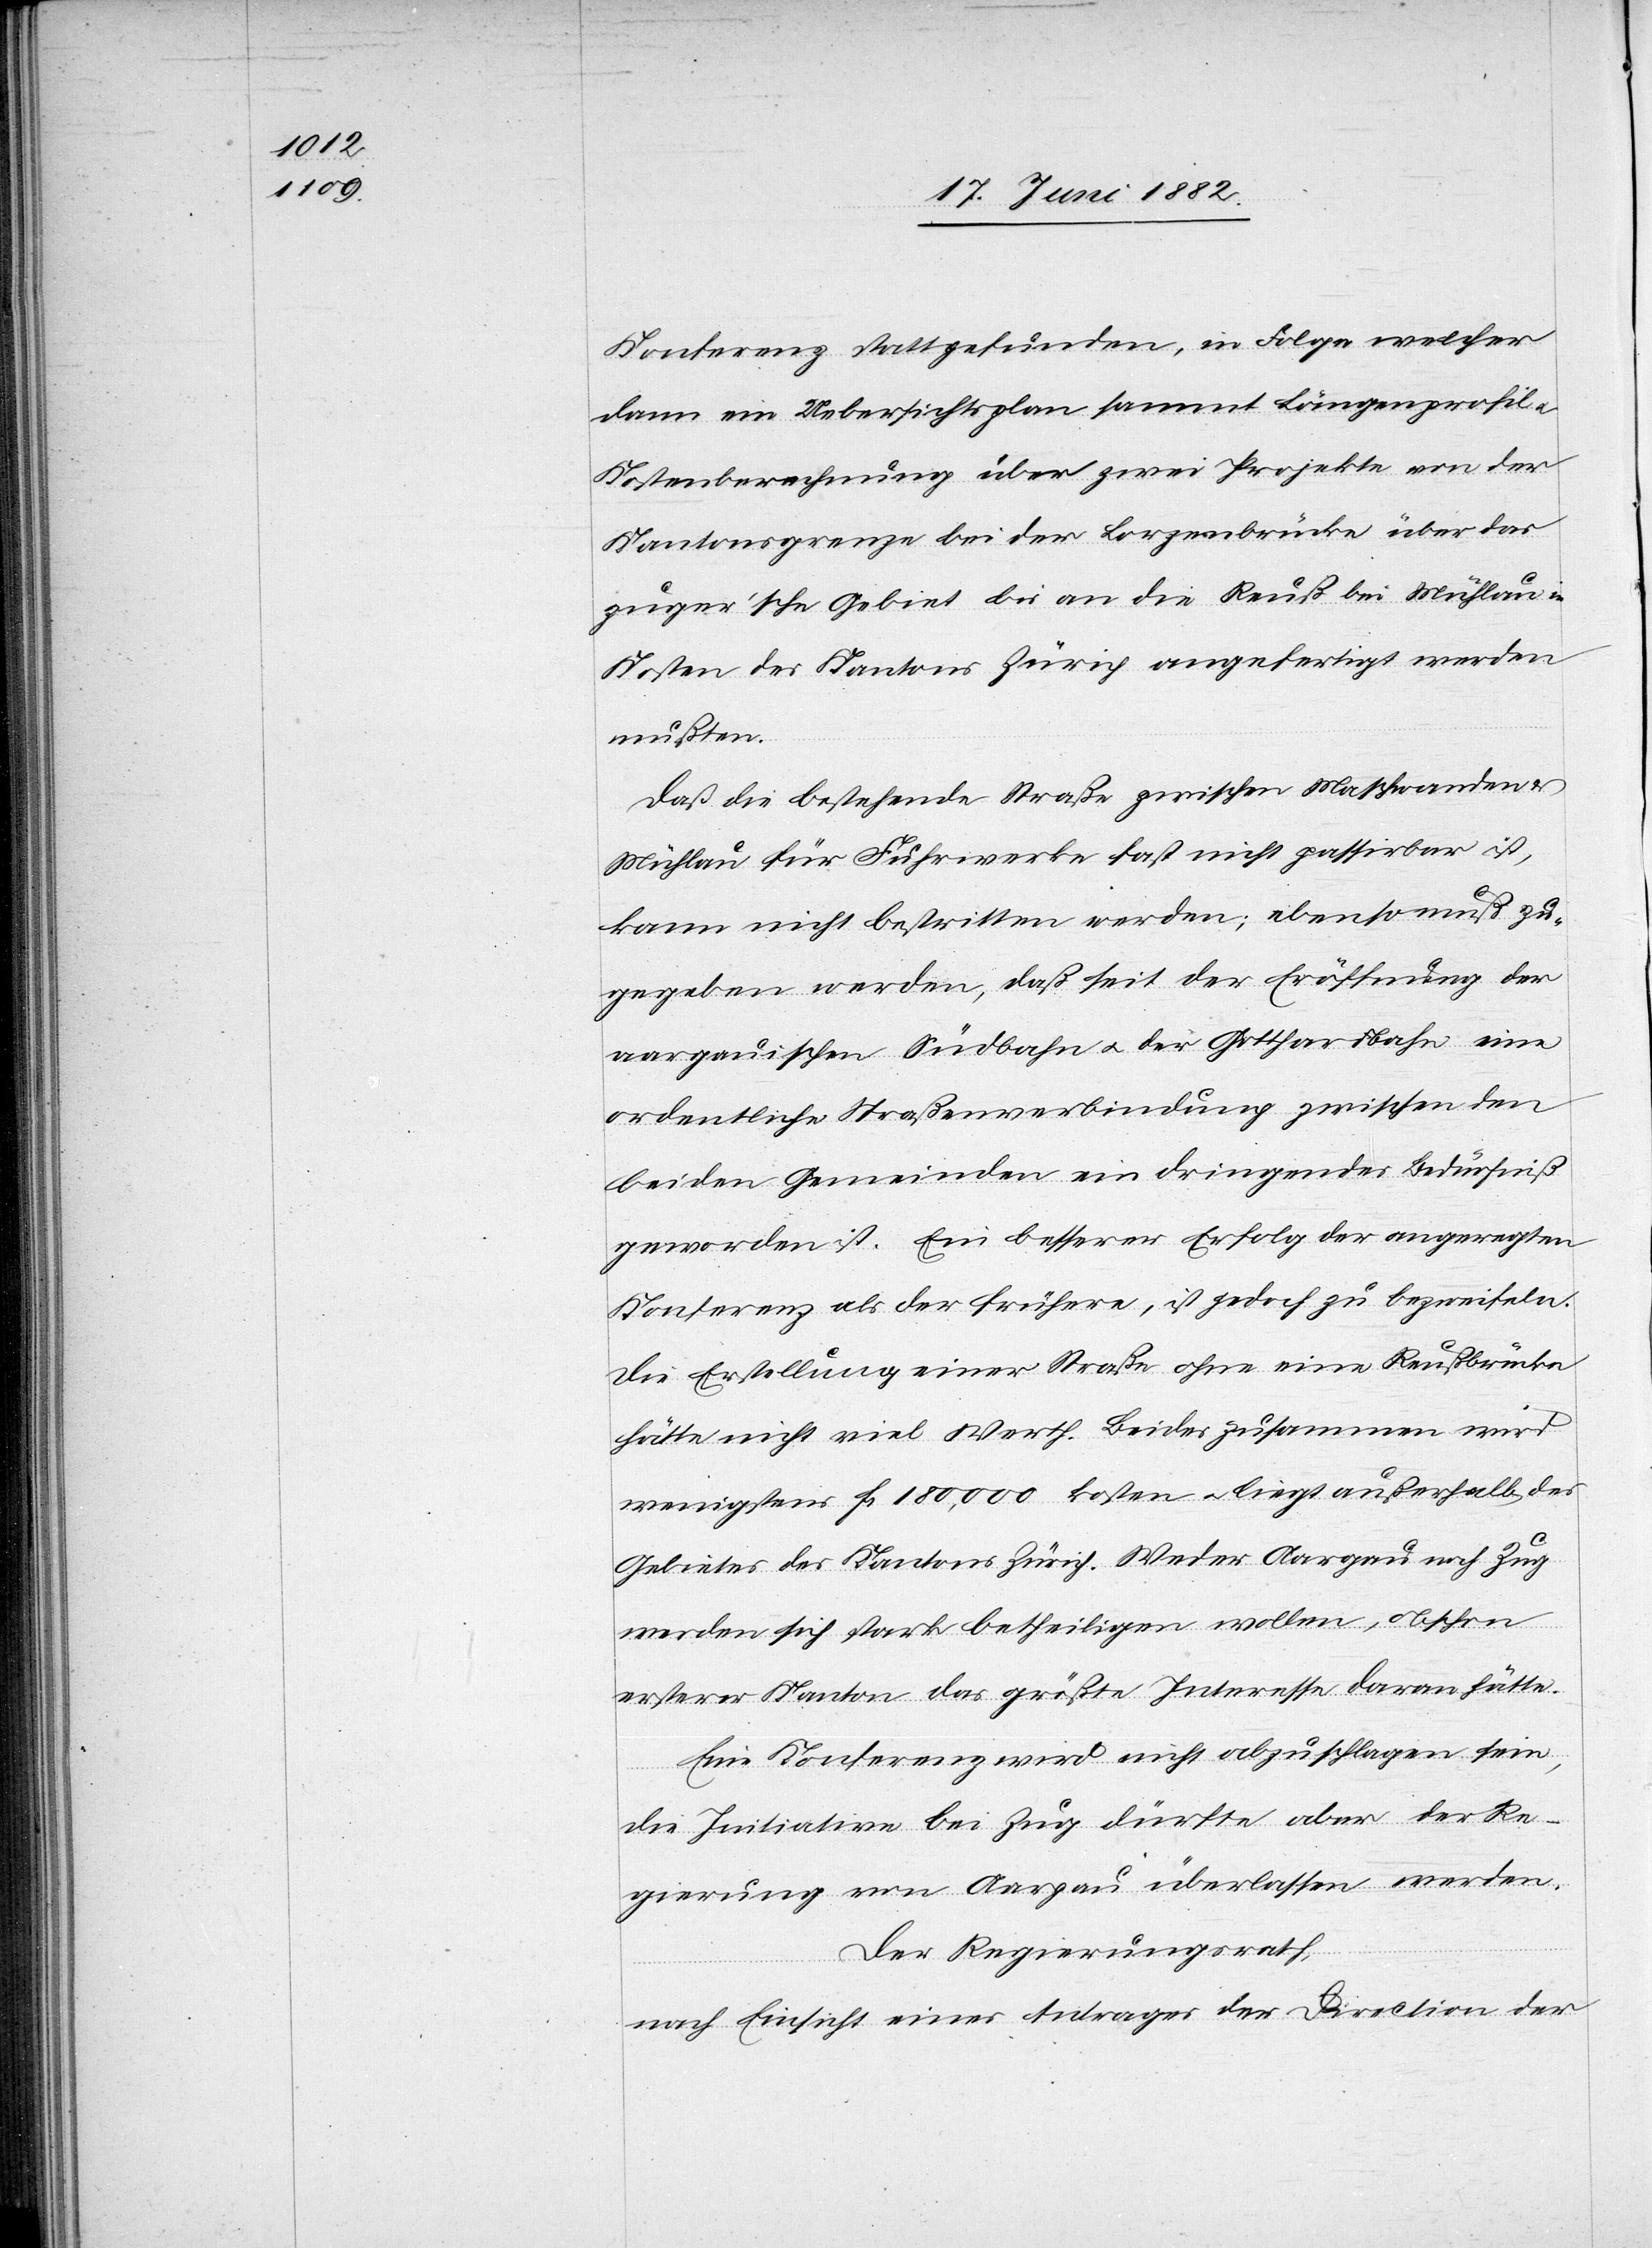
Konferenz stattgefunden, in Folge welcher
dann ein Uebersichtsplan sammt Längenprofil
Kostenberechnung über zwei Projekte von der
Kantonsgrenze bei der Lorzenbrücke über das
zuger’sche Gebiet bis an die Reuß bei Mühlau in
Kosten des Kantons Zürich angerfertigt werden
mußten
Daß die bestehende Straße zwischen Maschwanden
Mühlau für Fuhrwerke fast nicht passirbar ist,
kann nicht bestritten werden; ebenso muß zu¬
gegeben werden, daß seit der Eröffnung der
aargauischen Südbahn u. der Gotthardbahn eine
ordentliche Straßenverbindung zwischen den
beiden Gemeinden ein dringendes Bedürfniß
geworden ist. Ein besserer Erfolg der angeregten
Konferenz als der frühere, ist jedoch zu bezweifeln.
Die Erstellung einer Straße ohne eine Reußbrücke
hätte nicht viel Werth. Beides zusammen wird
wenigstens Fr. 180,000 kosten u. liegt außerhalb des
Gebietes des Kantons Zürich. Weder Aargau noch Zug
werden sich stark betheiligen wollen, obschon
ersterer Kanton das größte Interesse daran hätte.
Eine Konferenz wird nicht abzuschlagen sein,
die Initiative bei Zug dürfte aber der Re¬
gierung von Aargau überlassen werden.
Der Regierungsrath,
nach Einsicht eines Antrages der Direction der